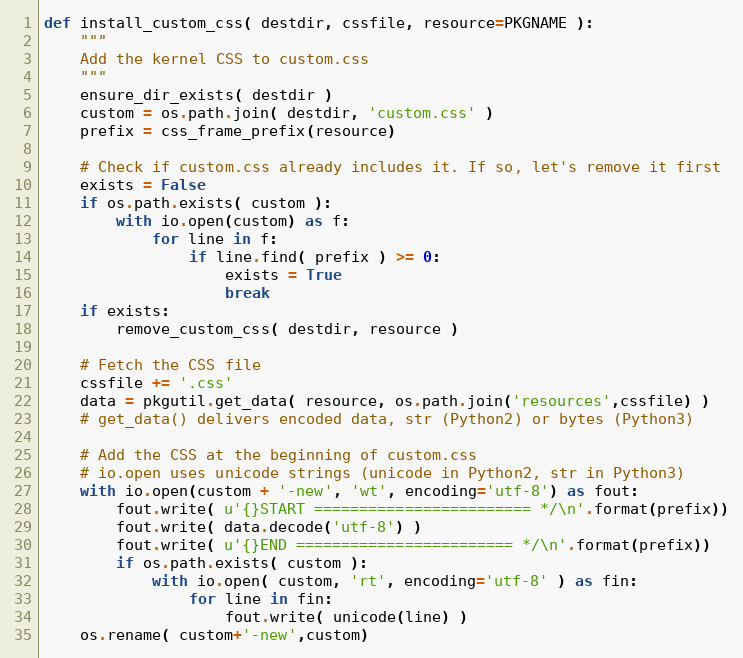
Language: Python
def install_custom_css( destdir, cssfile, resource=PKGNAME ):
    """
    Add the kernel CSS to custom.css
    """
    ensure_dir_exists( destdir )
    custom = os.path.join( destdir, 'custom.css' )
    prefix = css_frame_prefix(resource)

    # Check if custom.css already includes it. If so, let's remove it first
    exists = False
    if os.path.exists( custom ):
        with io.open(custom) as f:
            for line in f:
                if line.find( prefix ) >= 0:
                    exists = True
                    break
    if exists:
        remove_custom_css( destdir, resource )

    # Fetch the CSS file
    cssfile += '.css'
    data = pkgutil.get_data( resource, os.path.join('resources',cssfile) )
    # get_data() delivers encoded data, str (Python2) or bytes (Python3)

    # Add the CSS at the beginning of custom.css
    # io.open uses unicode strings (unicode in Python2, str in Python3)
    with io.open(custom + '-new', 'wt', encoding='utf-8') as fout:
        fout.write( u'{}START ======================== */\n'.format(prefix))
        fout.write( data.decode('utf-8') )
        fout.write( u'{}END ======================== */\n'.format(prefix))
        if os.path.exists( custom ):
            with io.open( custom, 'rt', encoding='utf-8' ) as fin:
                for line in fin:
                    fout.write( unicode(line) )
    os.rename( custom+'-new',custom)